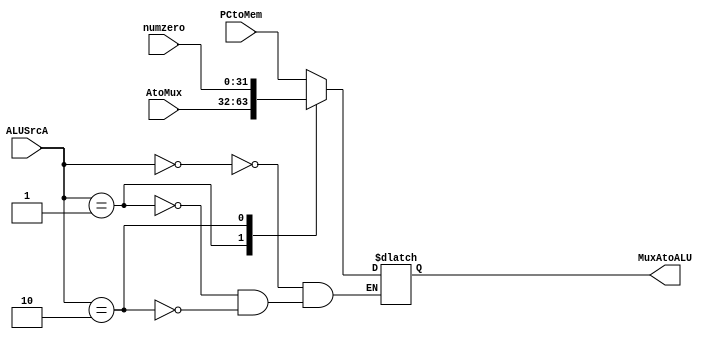
`timescale 1ns / 1ps
//////////////////////////////////////////////////////////////////////////////////
// Company: 
// Engineer: 
// 
// Design Name: 
// Module Name:    muxA 
// Project Name: 
// Target Devices: 
// Tool versions: 
// Description: 
//
// Dependencies: 
//
// Revision: 
// Revision 0.01 - File Created
// Additional Comments: 
//
//////////////////////////////////////////////////////////////////////////////////
module muxA(MuxAtoALU, PCtoMem, AtoMux, numzero,ALUSrcA);
input [31:0] AtoMux, PCtoMem, numzero;
input [1:0]ALUSrcA;
output reg [31:0] MuxAtoALU;

always @ (AtoMux, PCtoMem, ALUSrcA)
begin
case (ALUSrcA)
	0: MuxAtoALU <= PCtoMem;
	1: MuxAtoALU <= AtoMux;
	2: MuxAtoALU <= numzero;
endcase
end

endmodule